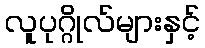
လူပုဂ္ဂိုလ်များနှင့်